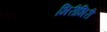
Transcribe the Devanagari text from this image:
भिरीभिरी